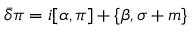
\bar { \delta } \pi = i [ \alpha , \pi ] + \{ \beta , \sigma + m \}